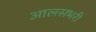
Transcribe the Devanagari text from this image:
आलसभरी